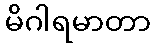
မိဂါရမာတာ